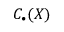
C _ { \bullet } ( X )